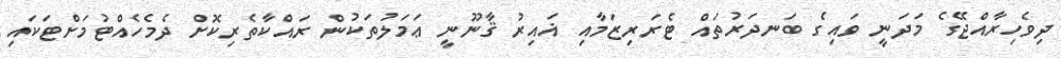
ދިވެހިރާއްޖޭގެ މަދަނީ ވައިގެ ބަނދަރުތައް ޓެރަރިޒަމާއި ޣައިރު ޤާނޫނީ ޢަމަލުތަކުން ރައްކާތެރިކޮށް ދެމެހެއްޓުމަށްޓަކައި